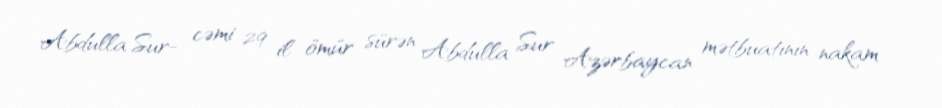
Abdulla Sur- cəmi 29 il ömür sürən Abdulla Sur Azərbaycan mətbuatının nakam